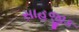
સાહજીક